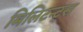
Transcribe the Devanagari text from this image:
मिलिटन्ट्स